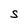
Character: S